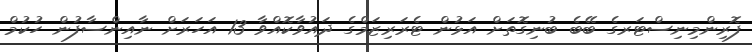
ފޮރިންމިނިސްޓަރގެ ބޭބެ ބުނިގޮތަށް އަޅުން ޓެރަރިޒަމްގެ ދައުވާކޮއްވާ 13 އަހަރަށް ނާއިންސާފުން ހުކުމް